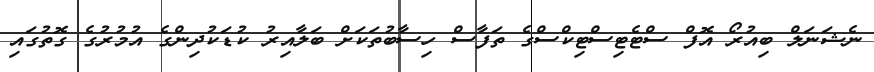
ނެޝަނަލް ބިއުރޯ އޮފް ސްޓެޓިސްޓިކްސްގެ ތަފާސް ހިސާބުތަކަށް ބަލާއިރު ކުޑަކުދިންގެ އުމުރުގެ ގޮތުގައި